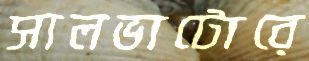
সালভাটোরে